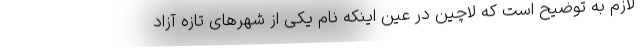
لازم به توضیح است که لاچین در عین اینکه نام یکی از شهرهای تازه آزاد